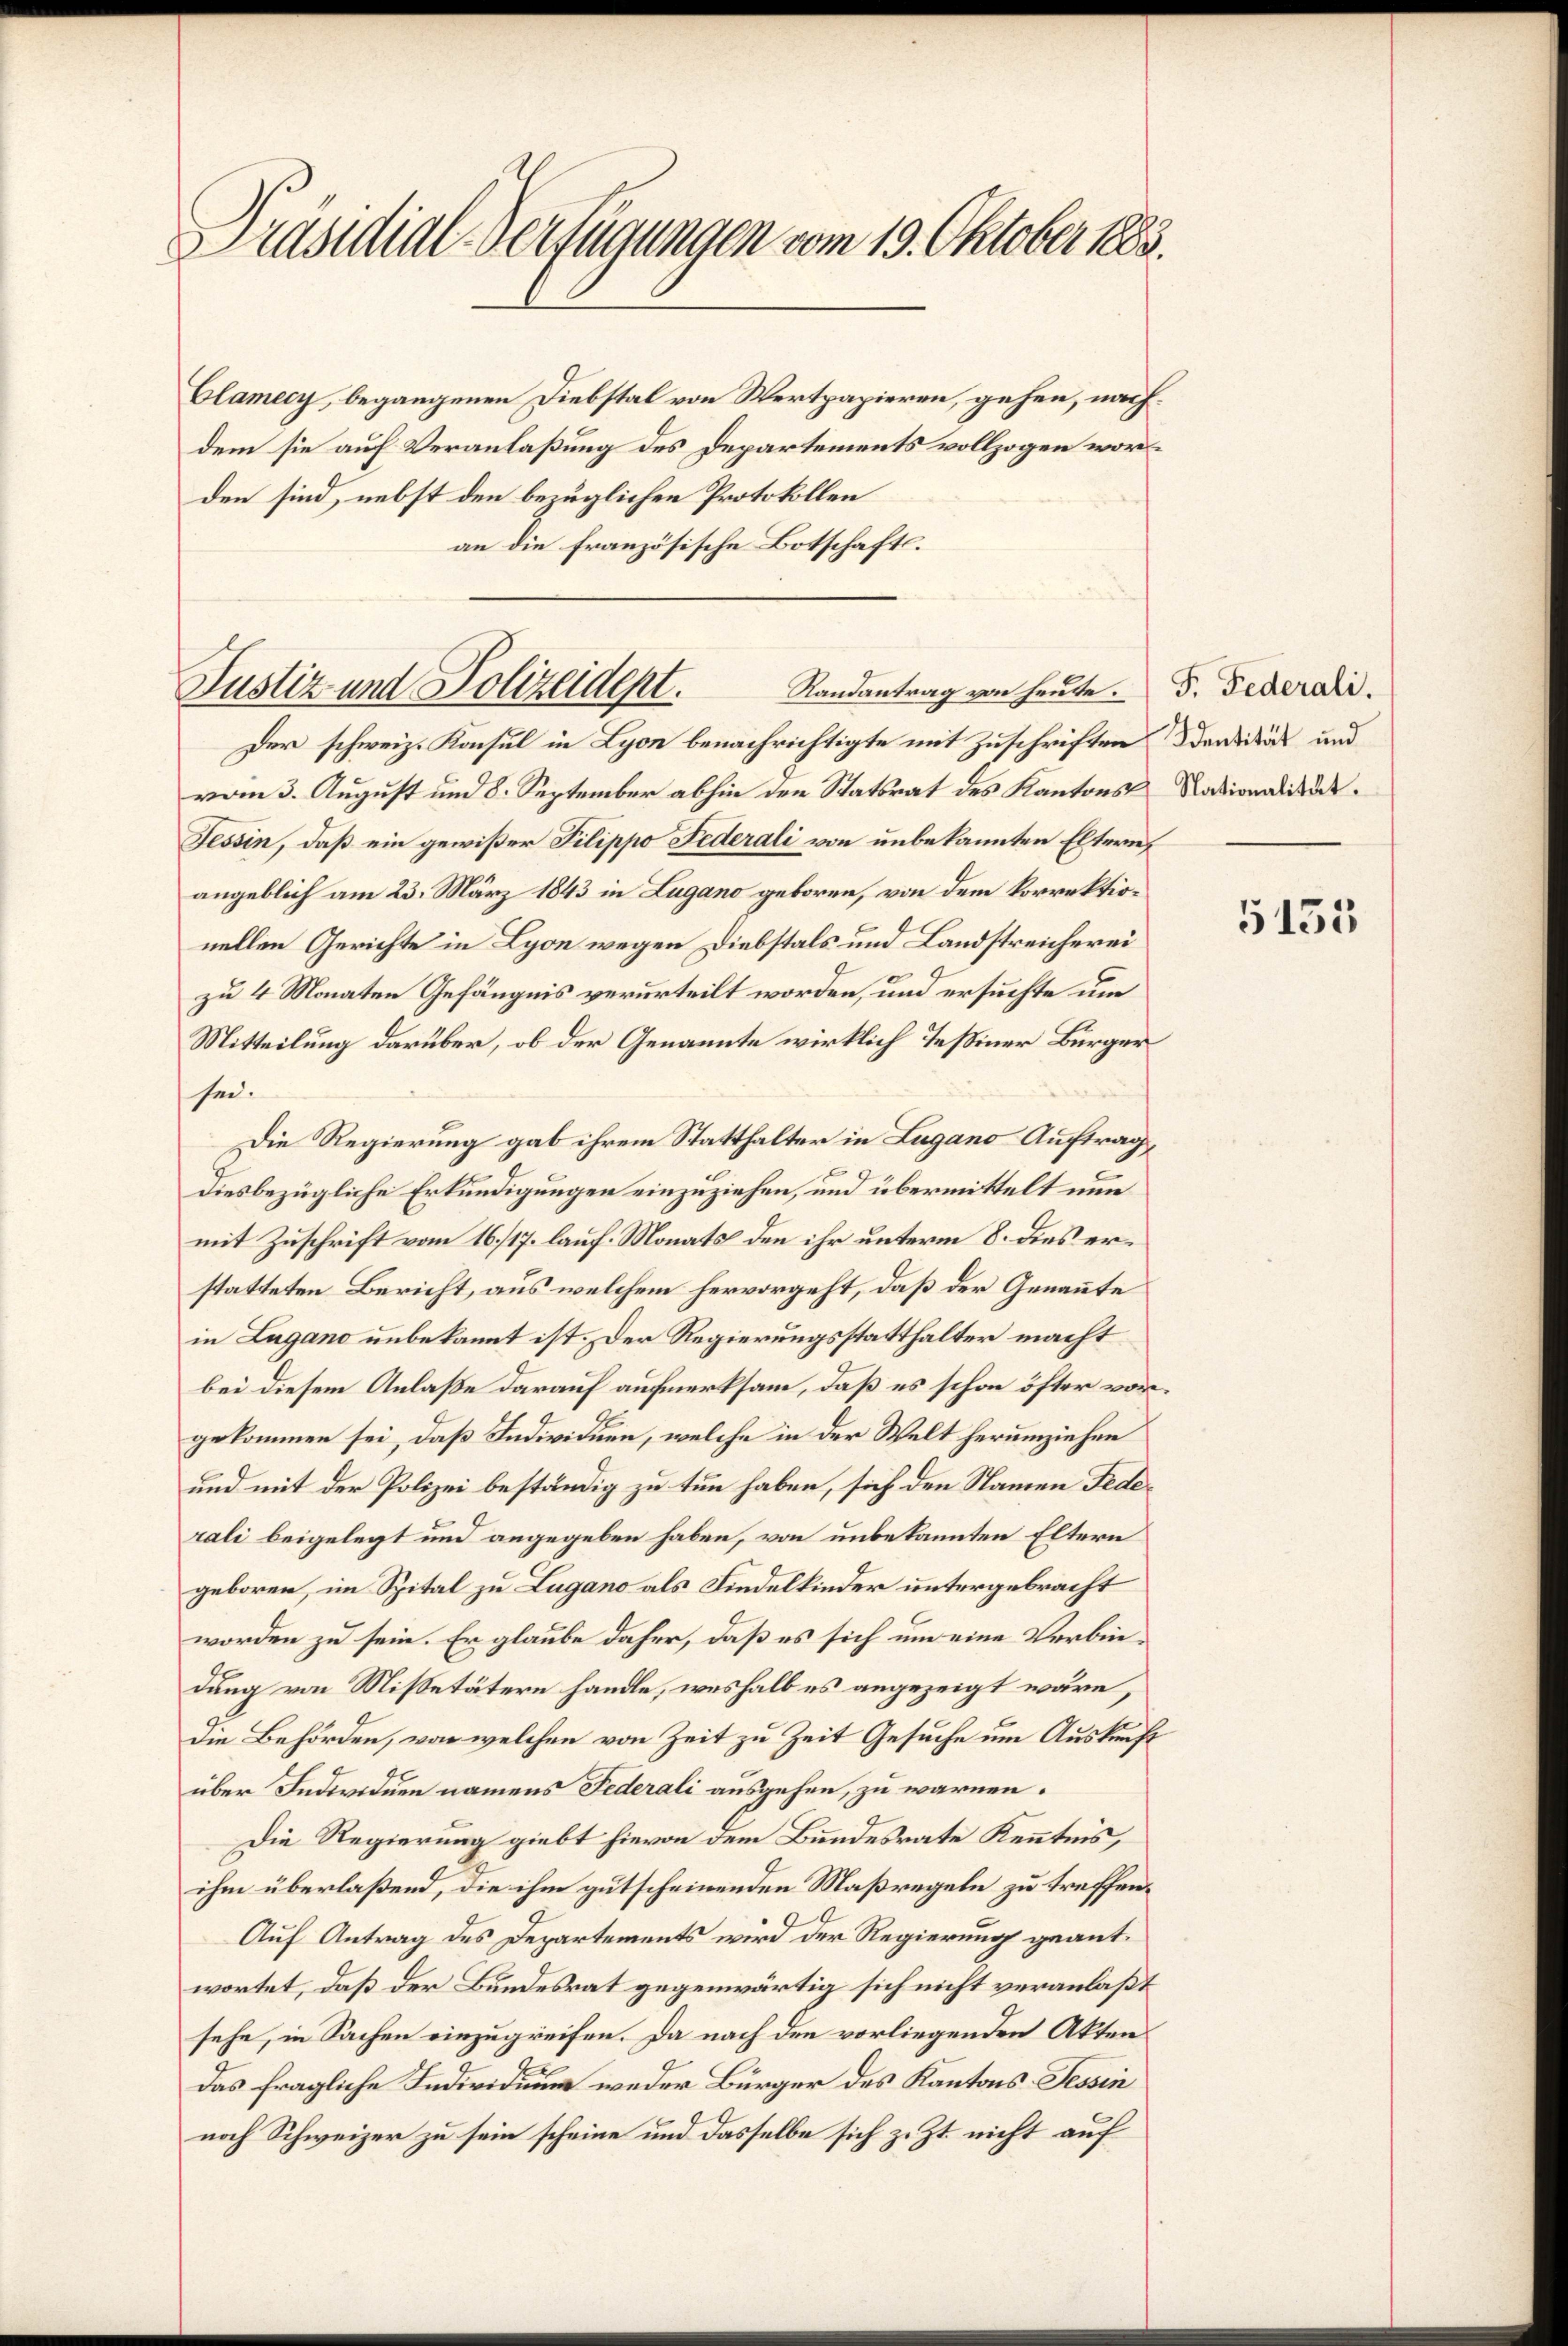
Präsidial-Verfügungen vom 19. Oktober 1883.

Clamecy, begangenen Diebstal von Wertpapieren, gehen, nächdem sie auf Veranlaßung des Departements vollzogen worden sind, nebst den bezüglichen Protokollen
an die französische Botschafts¬

Justiz und Polizeident. Randantrag von heute. 5. Federdi
Der schweiz. Konsul in Lyon benachrichtigte mit Zuschriften darität und

vom 3. August und 8. September abhin den Statsrat des Kantons Nationaliede¬
Tessin, daß ein gewißer Filippo Federali von unbekannten Eltern,
angeblich am 23. März 1843 in Lugano geboren, von dem korrektionellen Gerichte in Lyon wegen Diebstals und Landstreicherei
zu 4 Monaten Gefängnis verurteilt worden, und ersuchte um
Mitteilung darüber, ob der Genannte wirklich Teßiner Bürger
sei.
Die Regierung gab ihrem Statthalter in Lugano Auftrag,
diesbezügliche Erkundigungen einzuziehen, und übermittelt nun
mit Zuschrift vom 16./17. lauf. Monats den ihr unterm 8. dies erstatteten Bericht, aus welchem hervorgeht, daß der Genannte
in Lugano unbekannt ist. Der Regierungsstatthalter macht
bei diesem Anlaße darauf aufmerksam, daß es schon öfter vorgekommen sei, daß Individuen, welche in der Welt herumziehen
und mit der Polizei beständig zu tun haben, sich den Namen Federali beigelegt und angegeben haben, von unbekannten Eltern
geboren, im Spital zu Lugano als Findelkinder untergebracht
worden zu sein. Er glaube daher, daß es sich um eine Verbindung von Missetätern handle, weshalb es angezeigt wäre,
die Behörden, von welchen von Zeit zu Zeit Gesuche um Auskunft
über Individuen namens Federali ausgehen, zu warnen.
Die Regierung giebt hievon dem Bundesrate Kenntnis,
ihm überlaßend, die ihm gutscheinenden Maßregeln zu treffen¬
Auf Antrag des Departements wird der Regierung geantwortet, daß der Bundesrat gegenwärtig sich nicht veranlaßt
sehe, in Sachen einzugreifen. Da nach den vorliegenden Akten
Das fragliche Individu weder Bürger des Kantons Tessin
noch Schweizer zu sein scheine und dasselbe sich z. Zt. nicht auf

5153